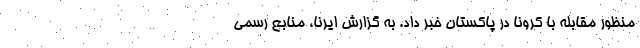
منظور مقابله با کرونا در پاکستان خبر داد. به گزارش ایرنا، منابع رسمی